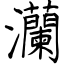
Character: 灡